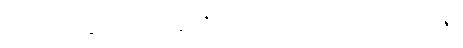
ဣဏု’က္ခေပေသု ဥဒ္ဓါရော၊ ဥမ္မာရေ ဧဠကော အဇေ။